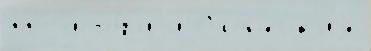
гг  исто́р'иjи Олон'ецк'иjе